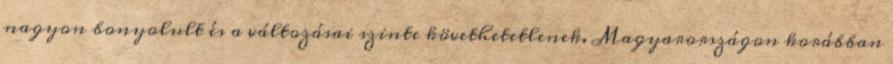
nagyon bonyolult és a változásai szinte követhetetlenek. Magyarországon korábban